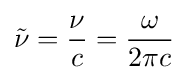
{\tilde {\nu }}={\frac {\nu }{c}}={\frac {\omega }{2\pi c}}